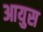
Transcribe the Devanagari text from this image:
आयुस